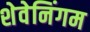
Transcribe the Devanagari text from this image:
शेवेनिंगम